Civil Veterinary Department Bihar & Orissa reports 1922-29 - 1922-1929
Year: 1922
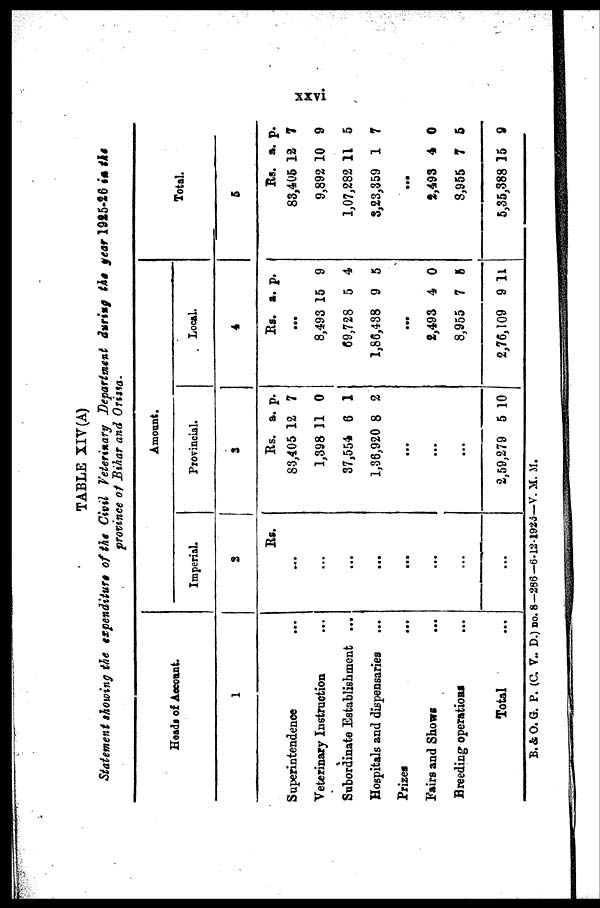
TABLE XIV (A)
Statement showing the expenditure of the Civil Veterinary Department during the year 1925-26 in the
province of Bihar and Orissa.
Heads of Accounts.
1
Superintendence
Veterinary Instruction
Subordinate Establishment ...
Hospitals and dispensaries
Prizes
Fairs and Shows
Breeding operations
Total
Amou
nt.
Imperial.
3
Kg.
...
Provincia
l.
3
Rs.
83,405 1
1,898
37,554
1,86,920
...
...
2,59,279
a.
2
11
6
8
5
p.
7
0
1
2
10
Local.
4
Rs. a
...
8,493 1
69,728
1,86,488
...
£,493
8,955
2,76,109
. p
5
5
9
4
7
9 1
.
9
4
5
0
5
1
Total.
5
Rs.
83,406 1
9,892 1
1,07,282 1
8,23,359
...
2,493
8,955
5,35,888 1
a. p
2
0
1
1
4
7
5
.
7
9
5
7
0
5
9
B.&O. Q. P. (C. V- D.) nO. 8-286-6.12-1923—V. M. M.